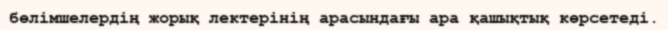
бөлімшелердің жорық лектерінің арасындағы ара қашықтық көрсетеді.